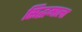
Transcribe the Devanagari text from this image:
सिद्धमाला